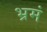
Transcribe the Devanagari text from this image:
भ्रमं